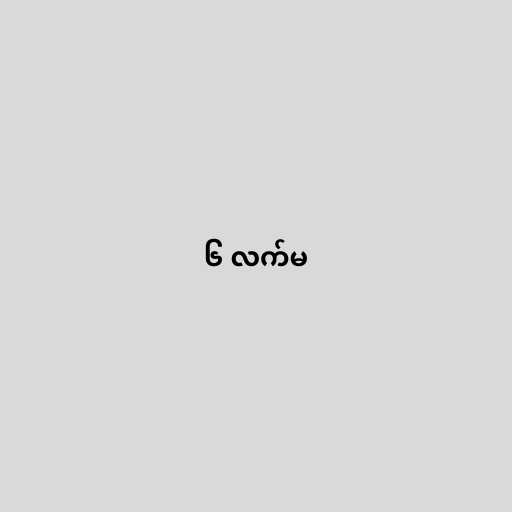
၆ လက်မ